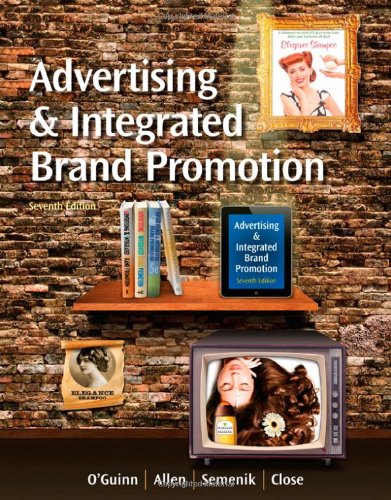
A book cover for Advertising and Integrated Brand Promotion (with CourseMate with Ad Age Printed Access Card); Thomas O'Guinn; Business & Money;